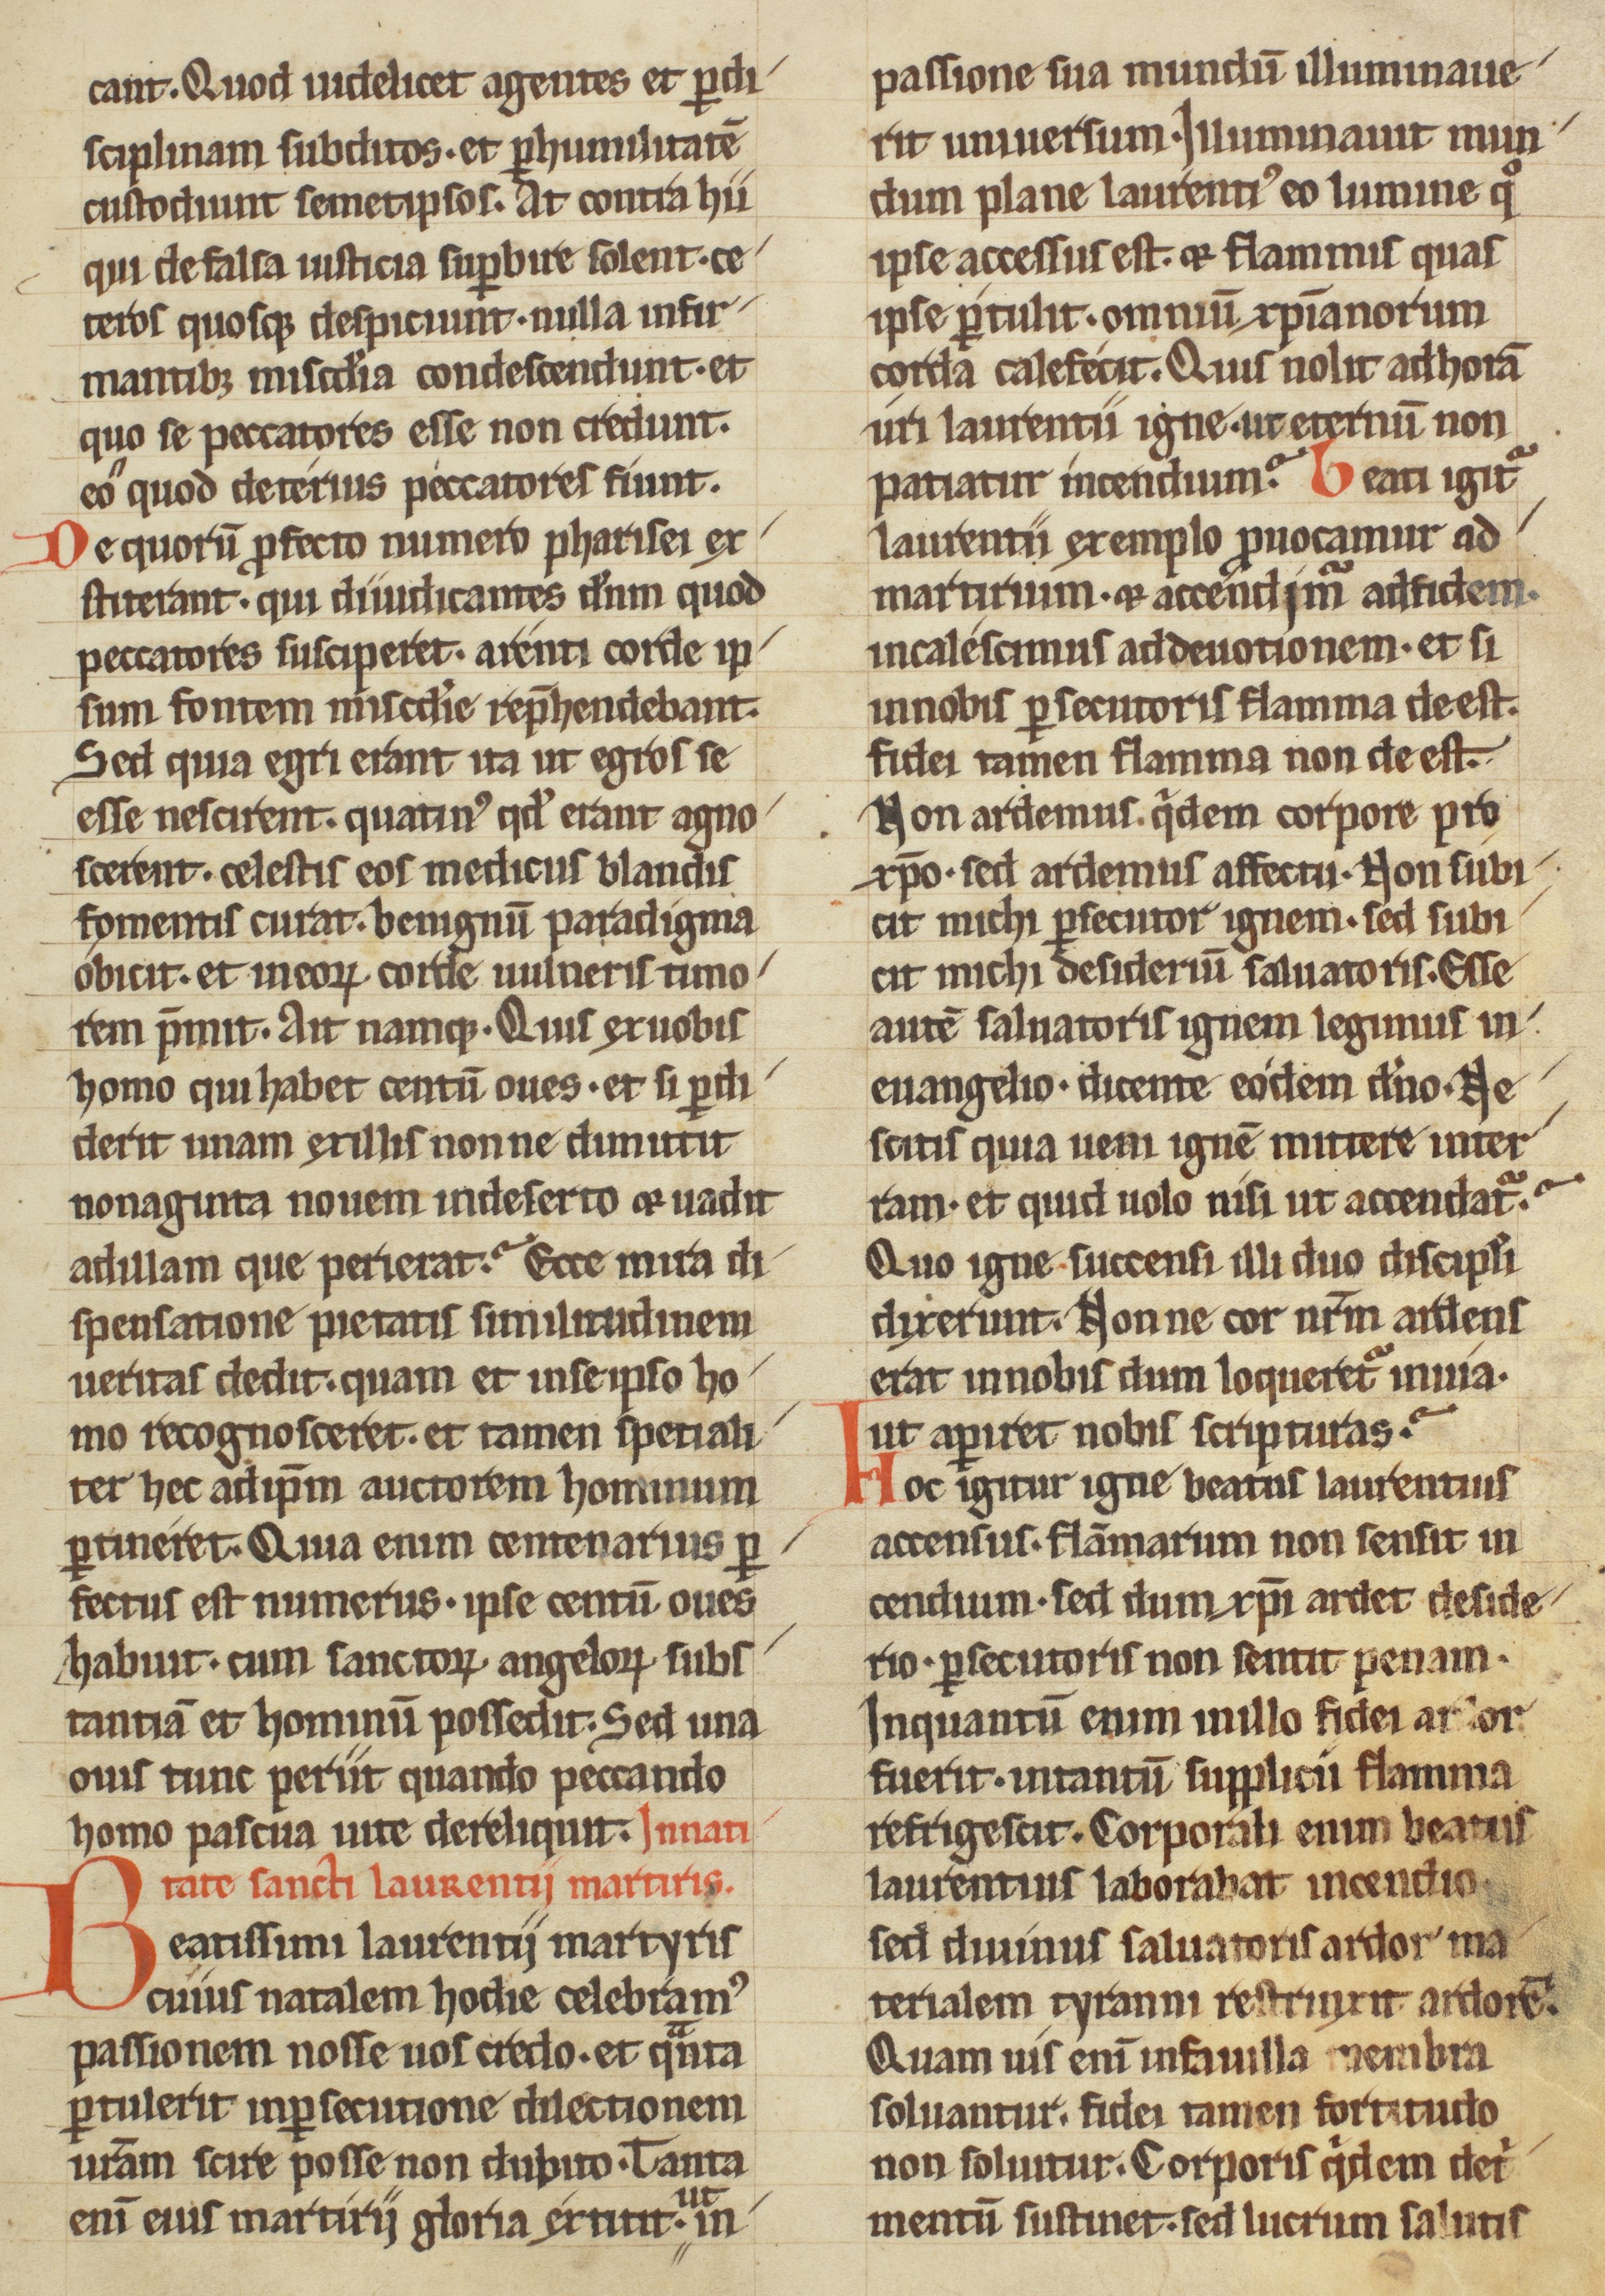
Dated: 1200–1299